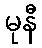
မုနီ